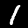
Digit: 1